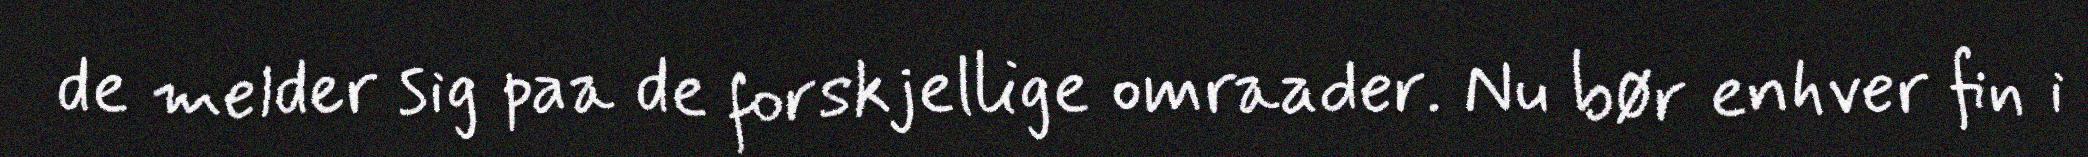
de melder sig paa de forskjellige omraader. Nu bør enhver fin i